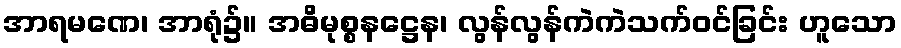
အာရမဏေ၊ အာရုံ၌။ အဓိမုစ္စနဋ္ဌေန၊ လွန်လွန်ကဲကဲသက်ဝင်ခြင်း ဟူသော